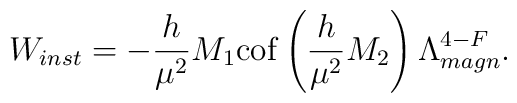
W_{inst}=- \frac{h}{\mu^2} M_1 {\rm cof}\left(\frac{h}{\mu^2}    M_2\right)  \Lambda_{magn}^{4-F}.